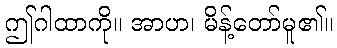
ဤဂါထာကို။ အာဟ၊ မိန့်တော်မူ၏။